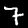
Digit: 7